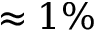
\approx 1 \%